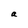
Character: a